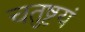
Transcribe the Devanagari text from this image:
चतुष्टयं